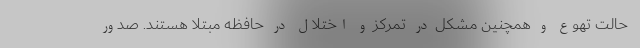
حالت تهوع و همچنین مشکل در تمرکز و اختلال در حافظه مبتلا هستند. صدور